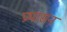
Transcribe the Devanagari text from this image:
प्रभासन